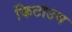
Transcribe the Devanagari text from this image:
किटाउम